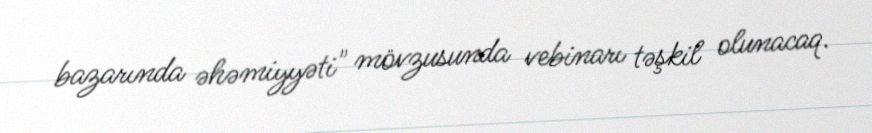
bazarında əhəmiyyəti" mövzusunda vebinarı təşkil olunacaq.